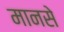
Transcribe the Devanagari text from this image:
मानसे